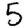
Digit: 5